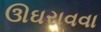
ઊઘરાવવા